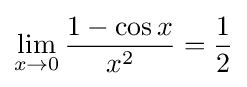
\lim _{x\to 0}{\frac {1-\cos x}{x^{2}}}={\frac {1}{2}}